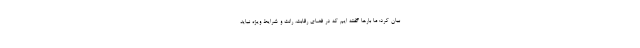
بیان کرد: ما بار‌ها گفته ایم که در فضای رقابت، رانت و شرایط ویژه نباید